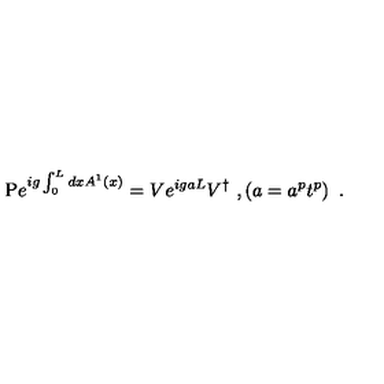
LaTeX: \mathrm { P } e ^ { i g \int _ { 0 } ^ { L } d x A ^ { 1 } ( x ) } = V e ^ { i g a L } V ^ { \dagger } \ , \left( a = a ^ { p } t ^ { p } \right) \ .